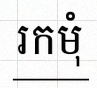
រកមុំ